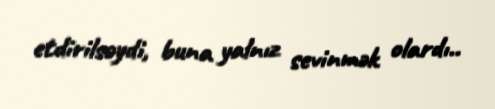
etdirilsəydi, buna yalnız sevinmək olardı..